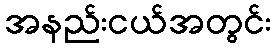
အနည်းငယ်အတွင်း